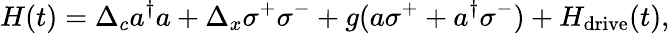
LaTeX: H(t)=\Delta_{c}a^{\dagger}a+\Delta_{x}\sigma^{+}\sigma^{-}+g(a\sigma^{+}+a^{\dagger}\sigma^{-})+H_{\mathrm{drive}}(t),